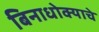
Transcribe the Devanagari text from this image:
बिनाधोक्याचे